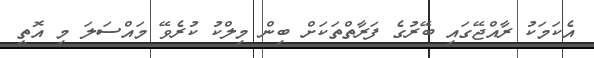
އެކަމަކު ރާއްޖޭގައި ބޭރުގެ ފަރާތްތަކަށް ބިން މިލްކު ކުރެވޭ މައްސަލަ މި އޮތީ